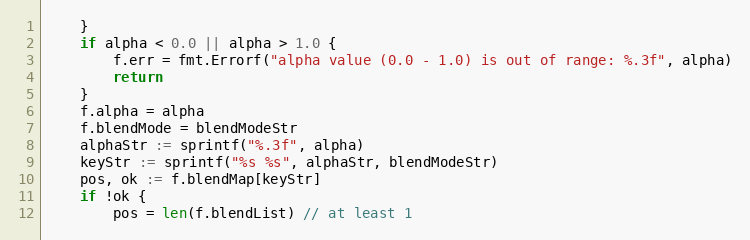
Language: Go
	}
	if alpha < 0.0 || alpha > 1.0 {
		f.err = fmt.Errorf("alpha value (0.0 - 1.0) is out of range: %.3f", alpha)
		return
	}
	f.alpha = alpha
	f.blendMode = blendModeStr
	alphaStr := sprintf("%.3f", alpha)
	keyStr := sprintf("%s %s", alphaStr, blendModeStr)
	pos, ok := f.blendMap[keyStr]
	if !ok {
		pos = len(f.blendList) // at least 1